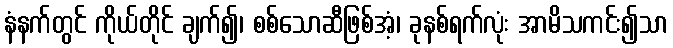
နံနက်တွင် ကိုယ်တိုင် ချက်၍၊ စစ်သောဆီဖြစ်အံ့၊ ခုနစ်ရက်လုံး အာမိသကင်း၍သာ